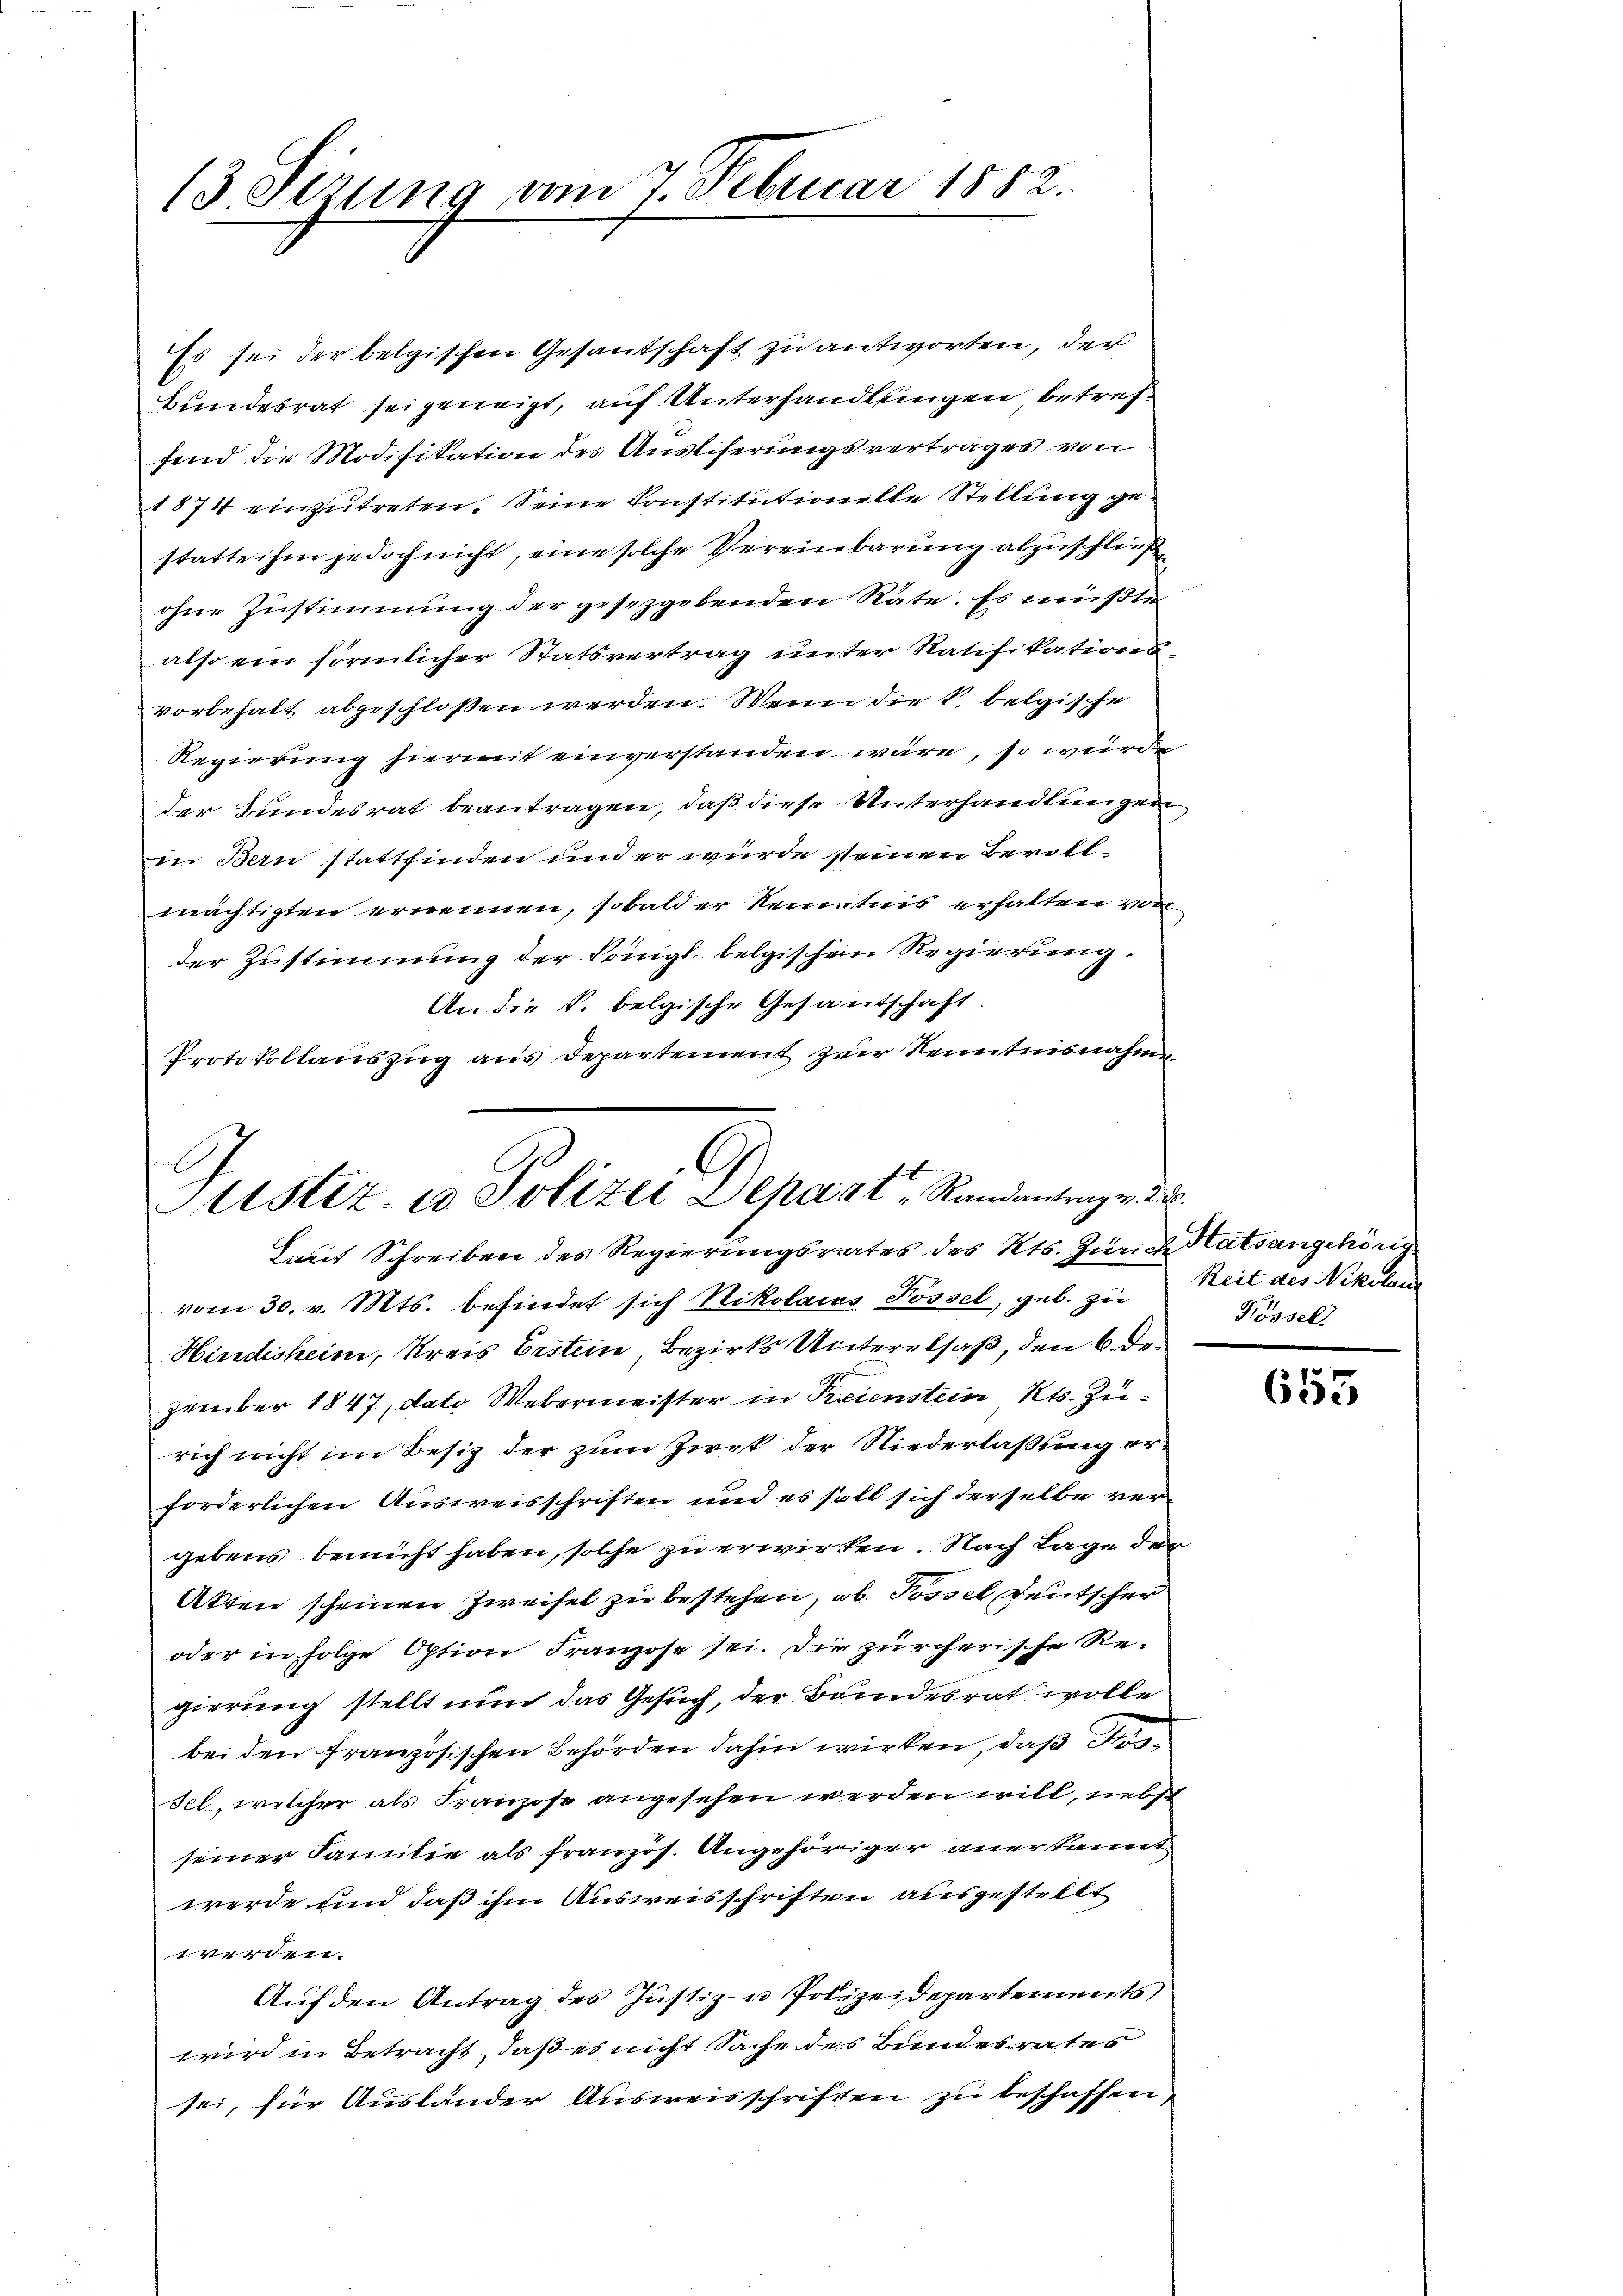
13 Sizung am 7. Februar 1882.

Es sei der belgischen Gesantschaft zu antworten, der
Bundesrat sei geneigt, auf Unterhandlungen betreffend die Modifikation des Ausliferungsvertrages von
1874 einzutreten. Seine Konstitutionelle Stellung gestatte ihm jedoch nicht, eine solche Vereinbarung abzuschließ
ohne Zustimmung der gesetzgebenden Räte. Es müßten
also ein förmlicher Statsvertrag unter Ratifikationsvorbehalt abgeschloßen werden. Wenn die k. belgische
Regierung hiermit einverstanden wäre, so würde
der Bundesrat beantragen, daß diese Unterhandlungen,
in Bern stattfinden und er wurde seinen Bevollmächtigten ernennen, sobald er Kenntnis erhalten von
der Zustimmung der Königl. belgischen Regierung.
An die k. belgische Gesantschaft
Protokollauszug aus Departement zur Kenntnisnahme

.
b
Sistiz- u Polizei Depart Randantrag v
Laut Schreiben des Regierungsrates des Kts. Zürich Ratsangehörig

vom 30. v. Mts. befindet sich Nikolacas Possel, geb. zu Zeit des Nikolan
Hindesheim, Kreis Erstein, Bezirks Unterelsaß, den 6. Dezember 1847, dato Webermeister in Preienstein Kts. Zurich nicht im Besitz der zum Zwek der Niederlaßung erforderlichen Ausweisschriften und es soll sich derselbe vergebens bemüht haben, solche zu erwirken. Nach Lage der
Akten scheinen Zweifel zu bestehen, ob. Possel Deutscher
oder in Folge Option Franzose sei. Die zürcherische Re-
gierung stellt nun das Gesuch, der Bundesrat wolle
bei den Französischen Behörden dahin wirken, daß
sel, welcher als Franzose angesehen werden will, nebst
seiner Familie als französ. Angehöriger anerkannt
werde und daß ihm Ausweisschriften ausgestellt
 werden.
Auf den Antrag des Justiz- u Polizeidepartements
wird in Betracht, daß es nicht Sache des Bundesrates
sei, für Auslander Ausweisschriften zu beschaffen,

278.
Kössel

.
665